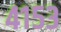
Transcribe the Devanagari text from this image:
४१५३